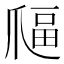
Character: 𤔜